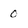
Character: 0